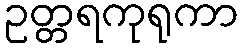
ဥတ္တရကုရုကာ